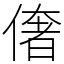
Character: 𠍽